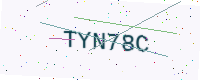
Text: TYN78C